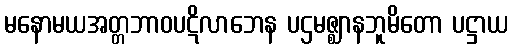
မနောမယအတ္တဘာဝပဋိလာဘေန ပဌမဇ္ဈာနဘူမိတော ပဋ္ဌာယ